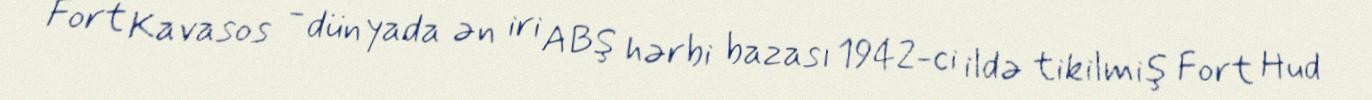
Fort Kavasos - dünyada ən iri ABŞ hərbi bazası 1942-ci ildə tikilmiş Fort Hud